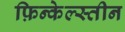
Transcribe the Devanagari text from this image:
फ़िन्केल्स्तीन